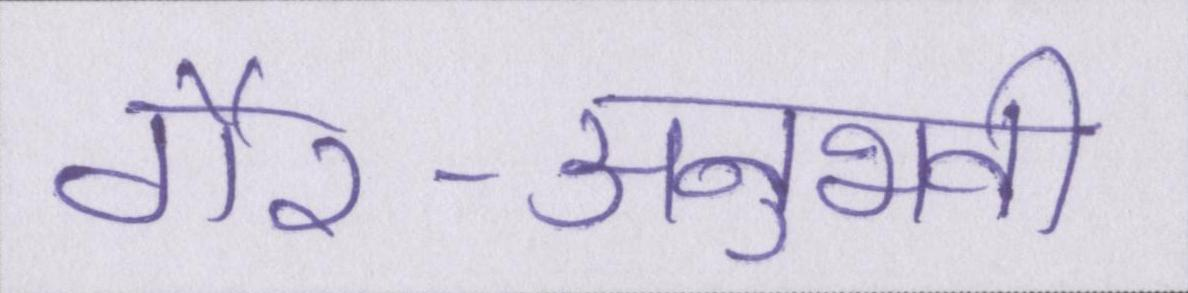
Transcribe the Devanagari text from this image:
गैर-अनुभवी